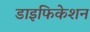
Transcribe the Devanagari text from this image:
डाइफिकेशन